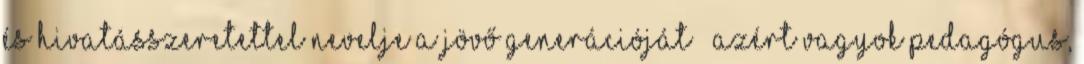
és hivatásszeretettel nevelje a jövő generációját ’’Azért vagyok pedagógus,